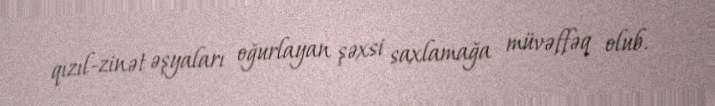
qızıl-zinət əşyaları oğurlayan şəxsi saxlamağa müvəffəq olub.